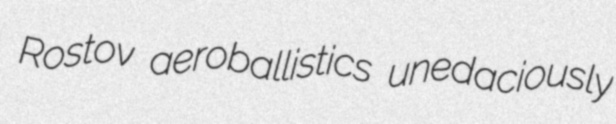
Rostov aeroballistics unedaciously